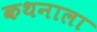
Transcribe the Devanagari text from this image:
कथनाला